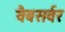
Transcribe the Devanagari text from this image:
वैबसर्वर